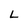
Character: L